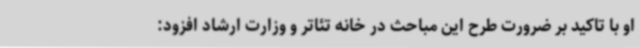
او با تاکید بر ضرورت طرح این مباحث در خانه تئاتر و وزارت ارشاد افزود: